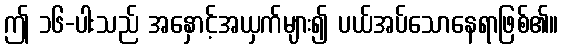
ဤ ၁၆-ပါးသည် အနှောင့်အယှက်များ၍ ပယ်အပ်သောနေရာဖြစ်၏။